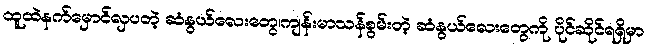
ထူထဲနက်မှောင်လှပတဲ့ ဆံနွယ်လေးတွေ၊ကျန်းမာသန်စွမ်းတဲ့ ဆံနွယ်လေးတွေကို ပိုင်ဆိုင်ရရှိမှာ